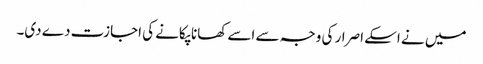
میں نے اسکے اصرار کی وجہ سے اسے کھانا پکانے کی اجازت دے دی۔